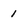
Character: 1